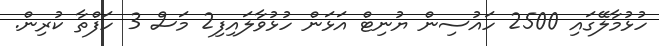
ހުޅުމާލޭގައި 2500 ހައުސިން ޔުނިޓް އަޅަން ހުޅުވާލައިފި2 މަސް 3 ހަފްތާ ކުރިން.